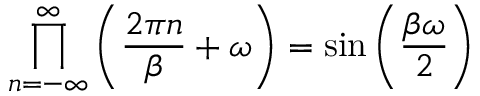
\prod _ { n = - \infty } ^ { \infty } \left( \frac { 2 \pi n } { \beta } + \omega \right) = \sin \left( \frac { \beta \omega } { 2 } \right)